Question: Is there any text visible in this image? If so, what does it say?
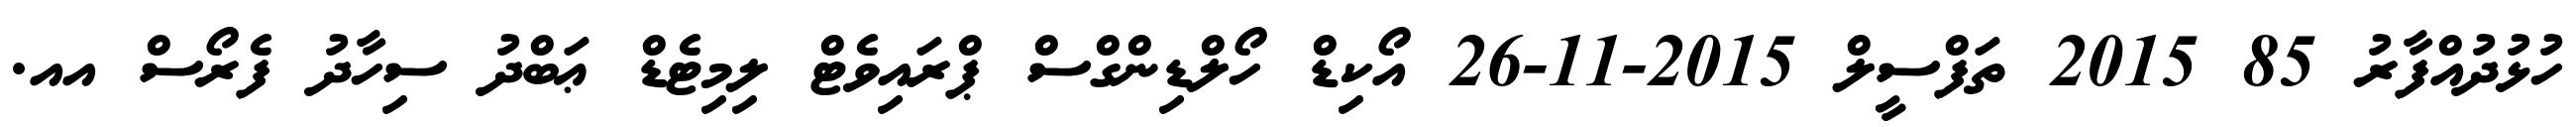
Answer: ހުޅުދުއްފާރު 85 2015 ތަފްސީލް 2015-11-26 އޯކިޑް ހޯލްޑިންގްސް ޕްރައިވެޓް ލިމިޓެޑް ޢަބްދު ސިހާދު ފެރޯސް އއ.